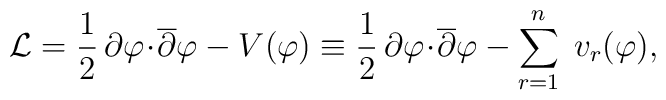
{\cal L} = \frac{1}{2}\,\partial\varphi\!\cdot\!{\overline\partial}\varphi -   V(\varphi) \equiv   \frac{1}{2}\,\partial\varphi\!\cdot\!{\overline\partial}\varphi -              \sum_{r=1}^n\; v_r(\varphi),